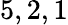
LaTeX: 5,2,1